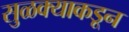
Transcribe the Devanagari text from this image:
सुळक्याकडून